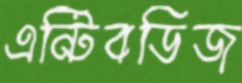
এন্টিবডিজ